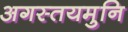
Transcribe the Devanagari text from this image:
अगस्तयमुनि